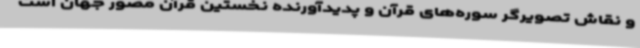
و نقاش تصویرگر سوره‌های قرآن و پدیدآورنده نخستین قرآن مصور جهان است